Lock hospitals Punjab
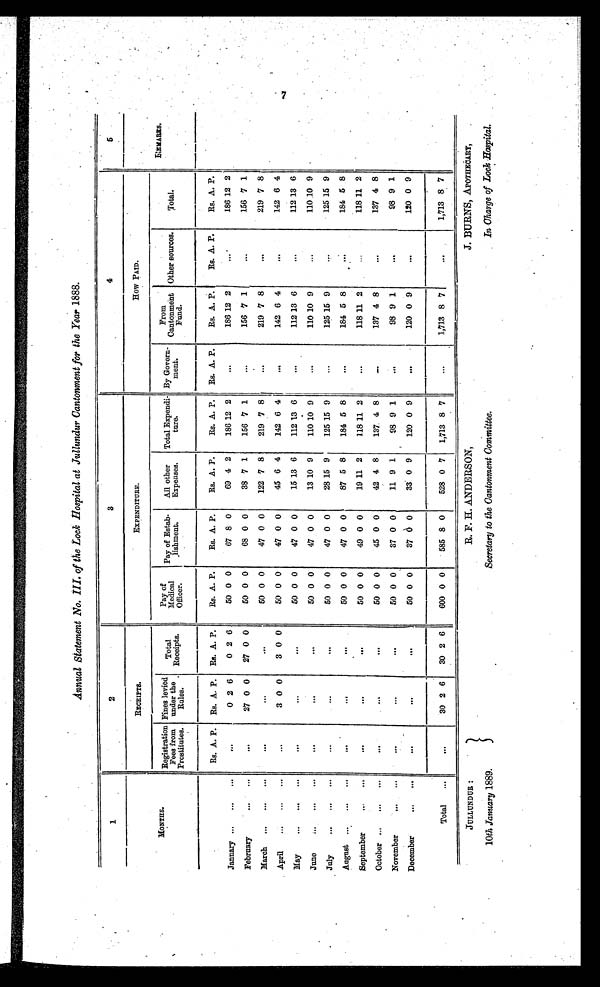
J U L L U N D U R :
10th January 1889.
R. F. H. ANDERSON,
Secretary to the Cantonment Committee.
J. BURNS, APOTHECARY,
In Charge of Lock Hospital.
Annual Statement No. III. of the Lock Hospital at Jullundur Cantonment for the Year 1888.
1
2
3
4
5
MONTHS.
RECEIPTS.
EXPENDITURE.
How PAID.
REMARKS.
Registration
Fees from
Prostitutes.
Fines levied
under the
Rules.
Total
Receipts.
Pay of
Medical
Officer.
Pay of Estab l i s h m e n t .
All other
Expenses.
Total Expendi
ture.
By Govern m e n t .
From
Cantonment
Fund.
Other sources.
Total.
Rs. A. P.
Rs. A. P.
Rs. A. P.
Rs. A. P.
Rs. A. P.
Rs. A. P.
Rs. A. P.
Rs. A. P.
Rs. A. P.
Rs. A. P.
Rs. A. P.
January
...
026
026
50
0 0 0 0
6 7
8
0
6 9
4
2
186 12 2
...
186 12 2
...
186 12 2
February
...
27 0 0
27 0 0
50 0 0
68 0 0
38 7 1
156 7 1
...
156 7 1
. . .
156 7 1
March
...
...
...
50
0
0
4 7
0
0
122 7 8
219 7 8
...
219 7 8
. . .
219 7 8
April
...
3 0 0
3 0 0
50 0 0
47 0 0
45 6 4
142 6 4
...
142 6 4
. . .
142 6 4
May
...
...
...
50
0
0
4 7
0
0
15 13 6
112 13 6
...
112 13 6
. . .
112 13 6
June
...
...
...
50
0
0
4 7
0
0
13 10 9
110 10 9
...
110 10 9
. . .
110 10 9
July
...
...
...
50 0 0
47 0 0
28 15 9
125 15 9
...
125 15 9
. . .
125 15 9
August
...
...
...
50 0 0
47 0 0
87 5 8
184 5 8
...
184 5 8
. . .
184 5 8
September
...
...
50 0 0
49 0 0
19 11 2
118 11 2
...
118 11 2
. . .
118
1 1 2
October
...
...
...
50 0 0
45 0 0
42 4 8
137 4 8
...
137 4 8
. . .
137 4 8
November
...
...
...
50 0 0
37 0 0
11 9 1
98 9 1
...
98 9 1
. . .
98 9 1
December
...
...
...
50 0 0
37
6 0
33 0 9
120 0 9
...
120 0 9
. . .
120 0 9
Total
...
3026
3026
600 0 0
585 8 0
528 0 7
1,713 8 7
...
1,713 8 7
. . .
1,713 8 7